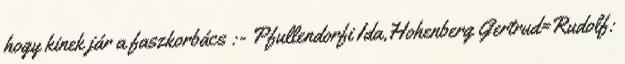
hogy kinek jár a faszkorbács :- Pfullendorfi Ida,Hohenberg Gertrud=Rudolf: